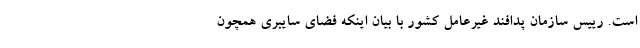
است. رییس سازمان پدافند غیرعامل کشور با بیان اینکه فضای سایبری همچون